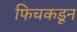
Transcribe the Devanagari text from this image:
फिचकडून